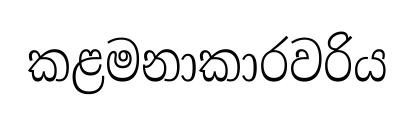
කළමනාකාරවරිය